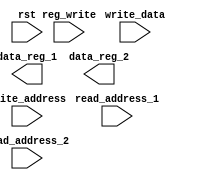
module reg_file_3 (
	read_address_1, 
	read_address_2, 
	write_address, 
	write_data, 
	reg_write, 
	rst, 
	data_reg_1, 
	data_reg_2);
   input [4:0] read_address_1;
   input [4:0] read_address_2;
   input [4:0] write_address;
   input [31:0] write_data;
   input reg_write;
   input rst;
   output [31:0] data_reg_1;
   output [31:0] data_reg_2;
   wire N4144;
   assign N4144 = rst ;
endmodule